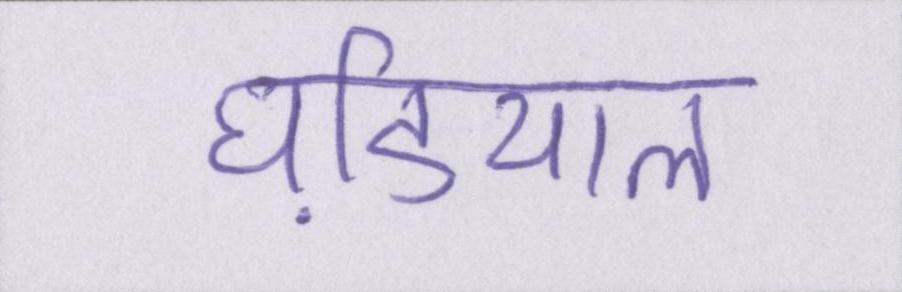
घडि़याल